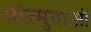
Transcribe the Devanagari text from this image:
मोरमुगाओ